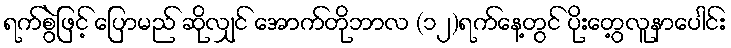
ရက်စွဲဖြင့် ပြောမည် ဆိုလျှင် အောက်တိုဘာလ (၁၂)ရက်နေ့တွင် ပိုးတွေ့လူနာပေါင်း